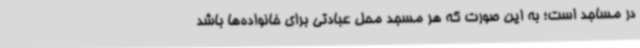
در مساجد است؛ به این صورت که هر مسجد محل عبادتی برای خانواده‌ها باشد